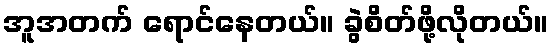
အူအတက် ရောင်နေတယ်။ ခွဲစိတ်ဖို့လိုတယ်။